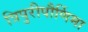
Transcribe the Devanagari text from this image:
त्रिपुरीपौर्णिमा